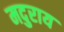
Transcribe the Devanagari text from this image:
मदुराय